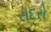
સદરો